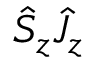
\hat { S } _ { z } \hat { J } _ { z }